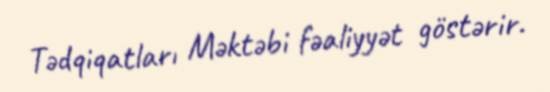
Tədqiqatları Məktəbi fəaliyyət göstərir.